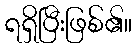
ရရှိပြီးဖြစ်၏။